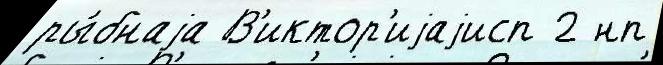
ры́бнаjа В'иктор'иjаjисп 2 нп